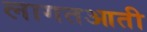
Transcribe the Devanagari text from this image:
लागतआती